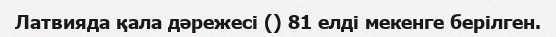
Латвияда қала дәрежесі () 81 елді мекенге берілген.